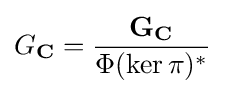
G_{\mathbf {C} }={\frac {\mathbf {G} _{\mathbf {C} }}{\Phi (\ker \pi )^{*}}}